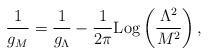
LaTeX: \begin{align*}\frac{1}{g_M}=\frac{1}{g_\Lambda}-\frac{1}{2\pi} {\rm Log} \left(\frac{\Lambda^2}{M^2}\right),\end{align*}